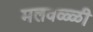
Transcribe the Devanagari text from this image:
मलवळ्ळी